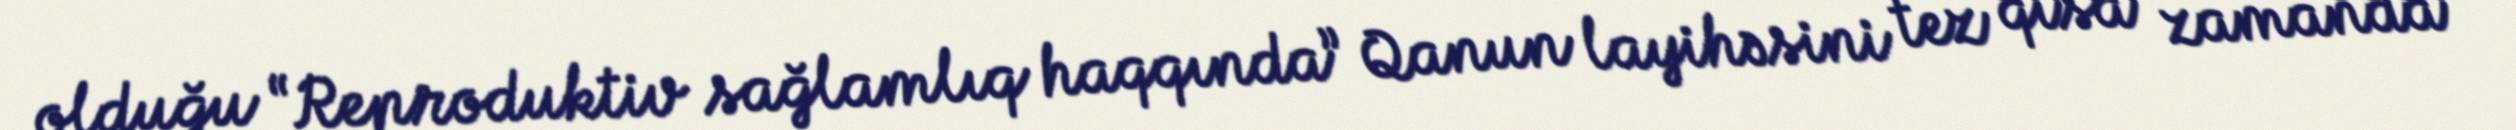
olduğu “Reproduktiv sağlamlıq haqqında” Qanun layihəsini tez qısa zamanda